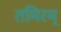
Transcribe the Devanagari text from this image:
तमिरम्